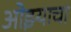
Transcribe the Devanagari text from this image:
ओझ्याचा